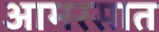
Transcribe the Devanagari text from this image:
आमरसात